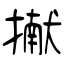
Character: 擜